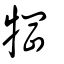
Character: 犅